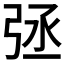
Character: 𢏞